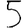
Digit: 5